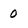
Character: 0